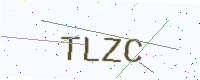
Text: TLZC